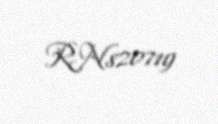
RN820719